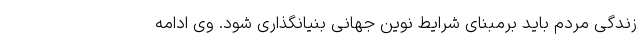
زندگی مردم باید برمبنای شرایط نوین جهانی بنیانگذاری شود. وی ادامه